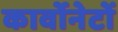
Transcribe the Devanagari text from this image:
कार्वोनेटों